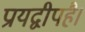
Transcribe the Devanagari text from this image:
प्रायद्वीपहै।